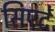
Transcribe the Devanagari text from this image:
सिएटे